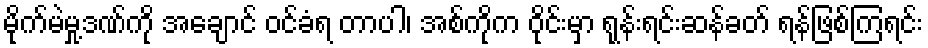
မိုက်မဲမှု့ဒဏ်ကို အချောင် ဝင်ခံရ တာပါ၊ အစ်ကိုက ဝိုင်းမှာ ရုန်းရင်းဆန်ခတ် ရန်ဖြစ်ကြရင်း